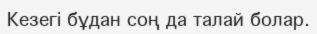
Кезегі бұдан соң да талай болар.